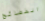
الفضائح